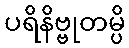
ပရိနိဗ္ဗုတမ္ပိ